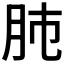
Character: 𦙛